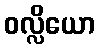
ဝလ္လိယော